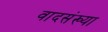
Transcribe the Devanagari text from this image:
वादसंख्या